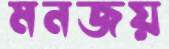
মনজয়